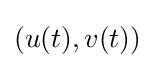
(u(t),v(t))